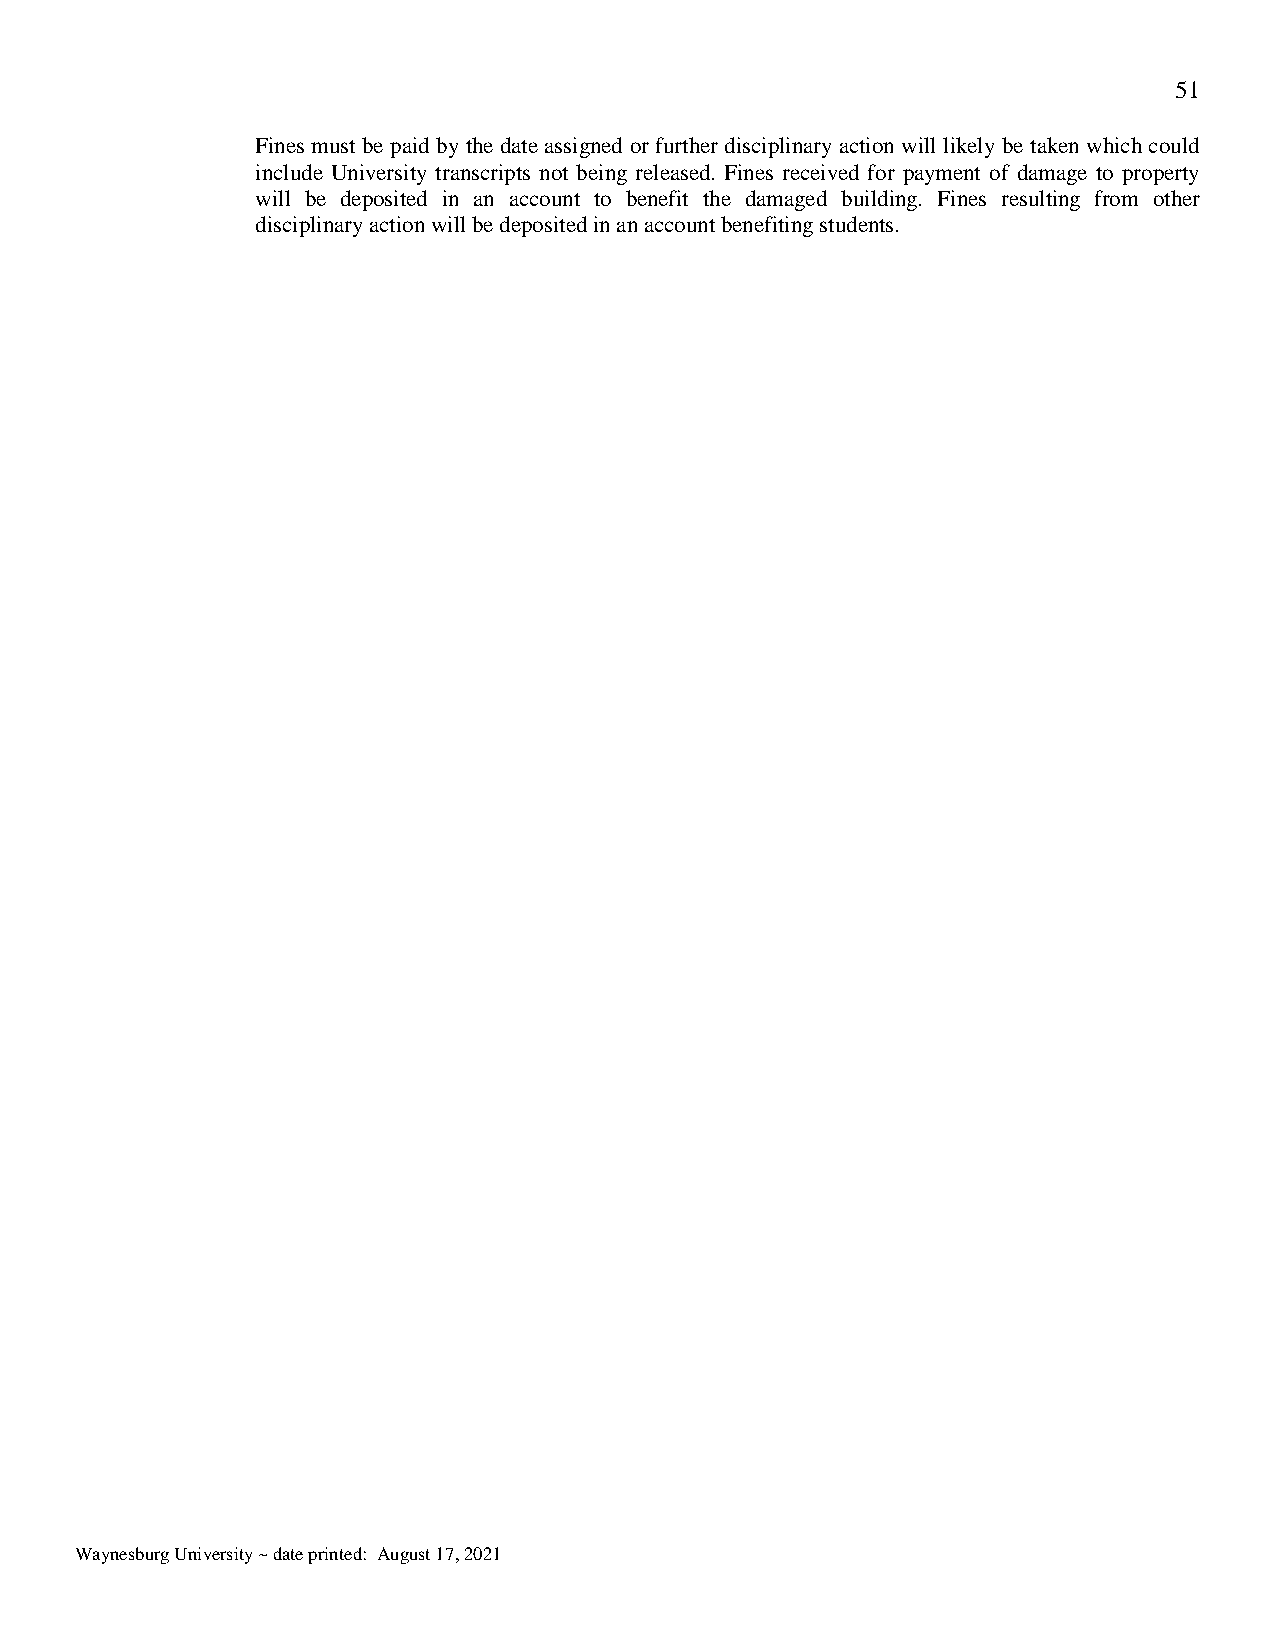
51
 Fines must be paid by the date assigned or further disciplinary action will likely be taken which could
 include University transcripts not being released. Fines received for payment of damage to property
 will be deposited in an account to benefit the damaged building. Fines resulting from other
 disciplinary action will be deposited in an account benefiting students.
 Waynesburg University ~ date printed: August 17, 2021